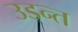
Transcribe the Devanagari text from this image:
उडन्त